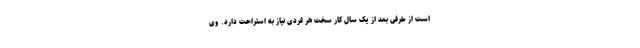
است از طرفی بعد از یک سال کار سخت هر فردی نیاز به استراحت دارد. وی